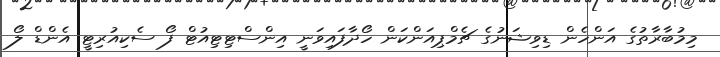
މިމުބާރާތުގެ އަންހެން ޑިވިޝަނުގެ ޗެމްޕިއަންކަން ހޯދާފައިވަނީ އިންސްޓިޓިއުޓް ފޯ ސެކިއުރިޓީ އެންޑް ލޯ